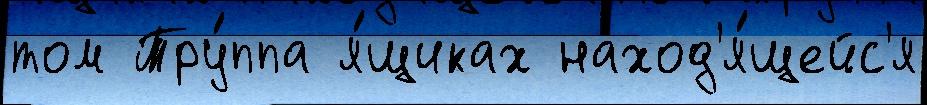
том Тру́ппа я́щиках наход'я́щейс'я